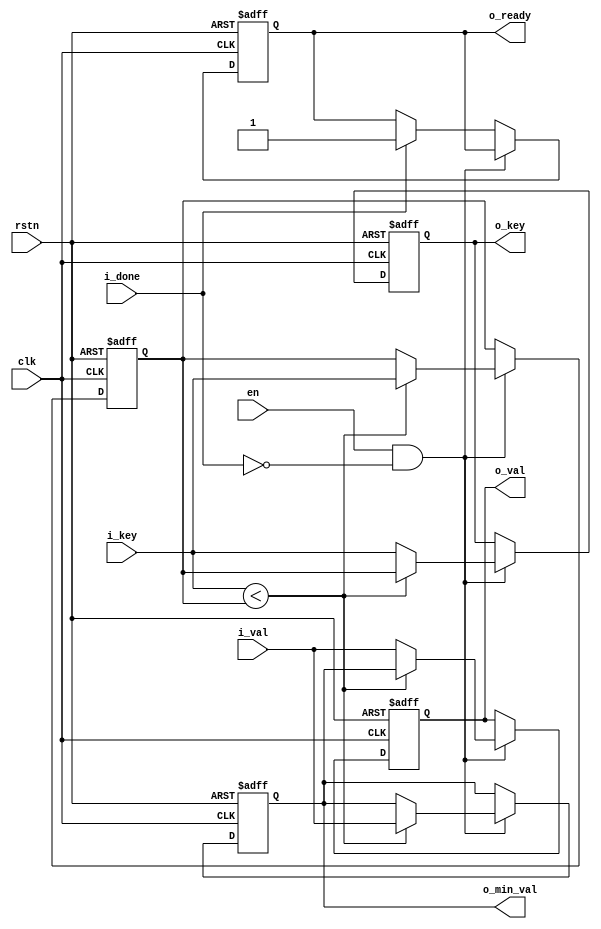
// Comperator gate

module Comperator (
   clk,
   rstn,
   en,
   i_done,
   i_key,
   i_val,
   o_key,
   o_val,
   o_min_val,
   o_ready
);

parameter key_width = 32;
parameter val_width = 16;

//-- Inputs
input wire						clk;
input wire						rstn;
input wire                       en;
input wire						i_done;

input wire     [key_width-1:0]		i_key;
input wire     [val_width-1:0]		i_val;

//-- Outputs
output reg		[key_width-1:0]		o_key;
output reg		[val_width-1:0]		o_val;
output reg     [val_width-1:0]		o_min_val;
output reg							o_ready;

//-- Registers
reg				[key_width-1:0]		min_key;

//-- Wires
wire			[key_width-1:0]		new_min_key;
wire			[val_width-1:0]		new_min_val;
wire			[key_width-1:0]		new_o_key;
wire			[val_width-1:0]		new_o_val;

assign new_min_key = (i_key < min_key) ? i_key : min_key;
assign new_o_key   = (i_key < min_key) ? min_key : i_key;
assign new_min_val = (i_key < min_key) ? i_val : o_min_val;
assign new_o_val   = (i_key < min_key) ? o_min_val : i_val;


always @(posedge clk, negedge rstn) begin
   if (!rstn) begin
      min_key   <= ~0;
      o_key     <= ~0;
      o_min_val <= ~0;
      o_val     <= ~0;
      o_ready   <= 0;
   end
   else if (en == 1'b1 && !i_done) begin
      o_min_val <= new_min_val;
      o_val     <= new_o_val;
      min_key   <= new_min_key;
      o_key     <= new_o_key;
   end
   else if (i_done) begin
      o_ready <= 1;
   end
end

endmodule